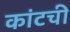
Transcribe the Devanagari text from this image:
कांटची